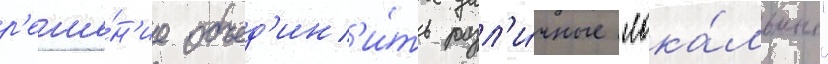
р'еше́н'ие объед'ин'и́ть разл'и́чные "лока́льные"